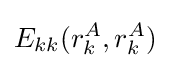
E_{kk}(r_{k}^{A},r_{k}^{A})